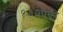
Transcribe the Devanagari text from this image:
१३२पैकी